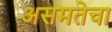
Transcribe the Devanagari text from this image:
असमतेचा